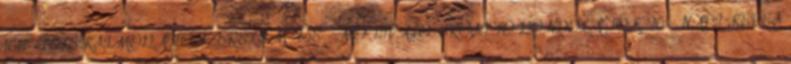
168 -LÉLEKSIMOGATÓ SZERELEM 438 -MOTIVÁLÓ-ERŐSÍTŐ GONDOLATOK 96 -NAPI KÉPES